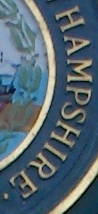
HAMPSHIRE